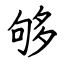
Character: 够